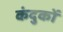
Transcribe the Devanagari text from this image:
कंदुकों